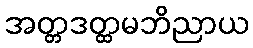
အတ္တဒတ္ထမဘိညာယ